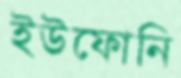
ইউফোনি